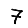
Digit: 7